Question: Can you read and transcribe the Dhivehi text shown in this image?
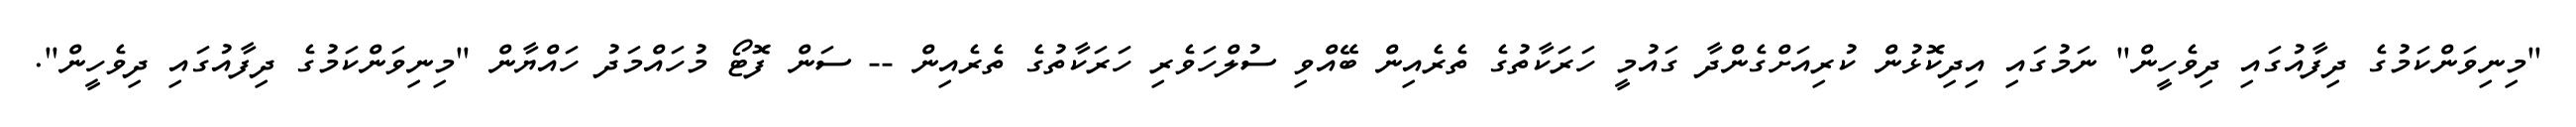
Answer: "މިނިވަންކަމުގެ ދިފާއުގައި ދިވެހީން" ނަމުގައި އިދިކޮޅުން ކުރިއަށްގެންދާ ގައުމީ ހަރަކާތުގެ ތެރެއިން ބޭއްވި ސުލްހަވެރި ހަރަކާތުގެ ތެރެއިން -- ސަން ފޮޓޯ މުހައްމަދު ހައްޔާން "މިނިވަންކަމުގެ ދިފާއުގައި ދިވެހީން".